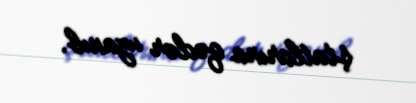
ştatlarına qədər uzanıb.